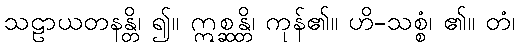
သဠာယတနန္တိ၊ ၍။ ဣစ္ဆန္တိ၊ ကုန်၏။ ဟိ-သစ္စံ၊ ၏။ တံ၊